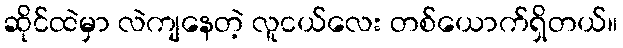
ဆိုင်ထဲမှာ လဲကျနေတဲ့ လူငယ်လေး တစ်ယောက်ရှိတယ်။